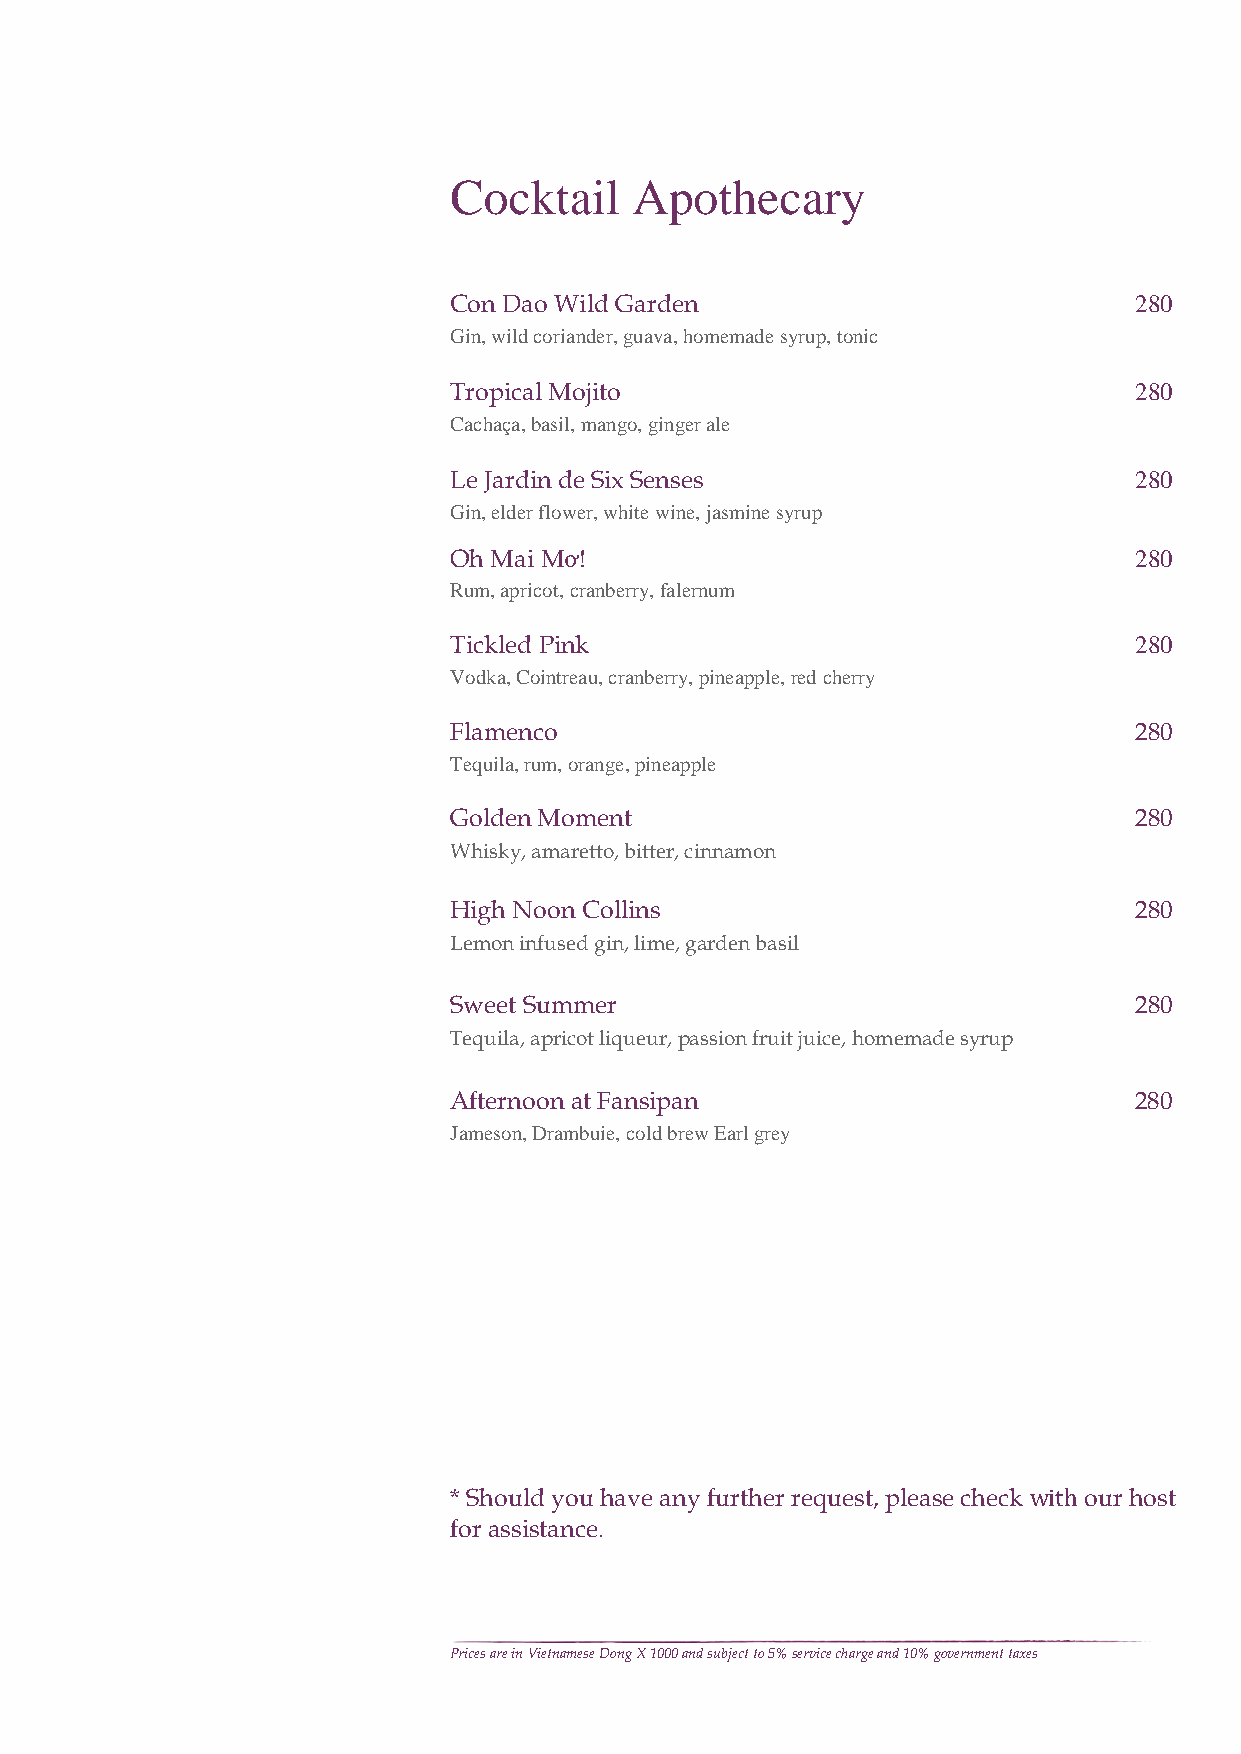
Cocktail    Apothecary
 Con Dao Wild Garden                          280
 Gin, wild coriander, guava, homemade syrup, tonic
 Tropical Mojito                              280
 Cachaça, basil, mango, ginger ale
 Le Jardin de Six Senses                      280
 Gin, elder flower, white wine, jasmine syrup
 Oh Mai Mơ!                                   280
 Rum, apricot, cranberry, falernum
 Tickled Pink                                 280
 Vodka, Cointreau, cranberry, pineapple, red cherry
 Flamenco                                     280
 Tequila, rum, orange, pineapple
 Golden Moment                                280
 Whisky, amaretto, bitter, cinnamon
 High Noon Collins                            280
 Lemon infused gin, lime, garden basil
 Sweet Summer                                 280
 Tequila, apricot liqueur, passion fruit juice, homemade syrup
 Afternoon at Fansipan                        280
 Jameson, Drambuie, cold brew Earl grey
 * Should you have any further request, please check with our host
 for assistance.
 Prices are in Vietnamese Dong X 1000 and subject to 5% service charge and 10% government taxes